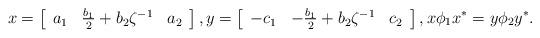
LaTeX: \begin{align*}x=\left[\begin{array}{ccc}a_1 & \frac{b_1}{2}+b_2\zeta^{-1} & a_2\end{array}\right],y=\left[\begin{array}{ccc}-c_1 & -\frac{b_1}{2}+b_2\zeta^{-1} & c_2\end{array}\right],x\phi_1 x^{\ast}=y\phi_2 y^{\ast}.\end{align*}